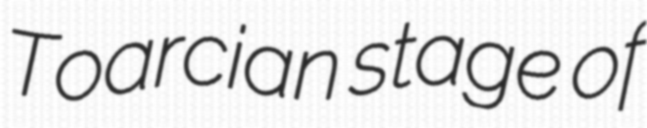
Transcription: Toarcian stage of